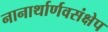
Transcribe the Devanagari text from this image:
नानार्थार्णवसंक्षेप